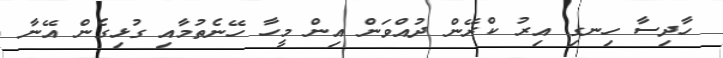
ހާދިސާ ހިނގި އިރު ކްރޭން ދުއްވަން އިން މީހާ ހޭނެތުމާއި ގުޅިގެން އޭނާ